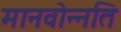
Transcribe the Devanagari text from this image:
मानवोन्नति